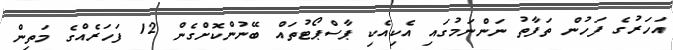
އަހަރުގެ ފަހުން ތަފާތު ނަންނަމުގައި އެކިއެކި ޕާސްޕޯޓުތައް ބޭނުންކޮށްގެން 12 ފަހަރެއްގެ މަތިން